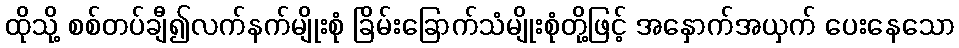
ထိုသို့ စစ်တပ်ချီ၍လက်နက်မျိုးစုံ ခြိမ်းခြောက်သံမျိုးစုံတို့ဖြင့် အနှောက်အယှက် ပေးနေသော